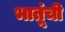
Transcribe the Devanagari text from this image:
भातूंची